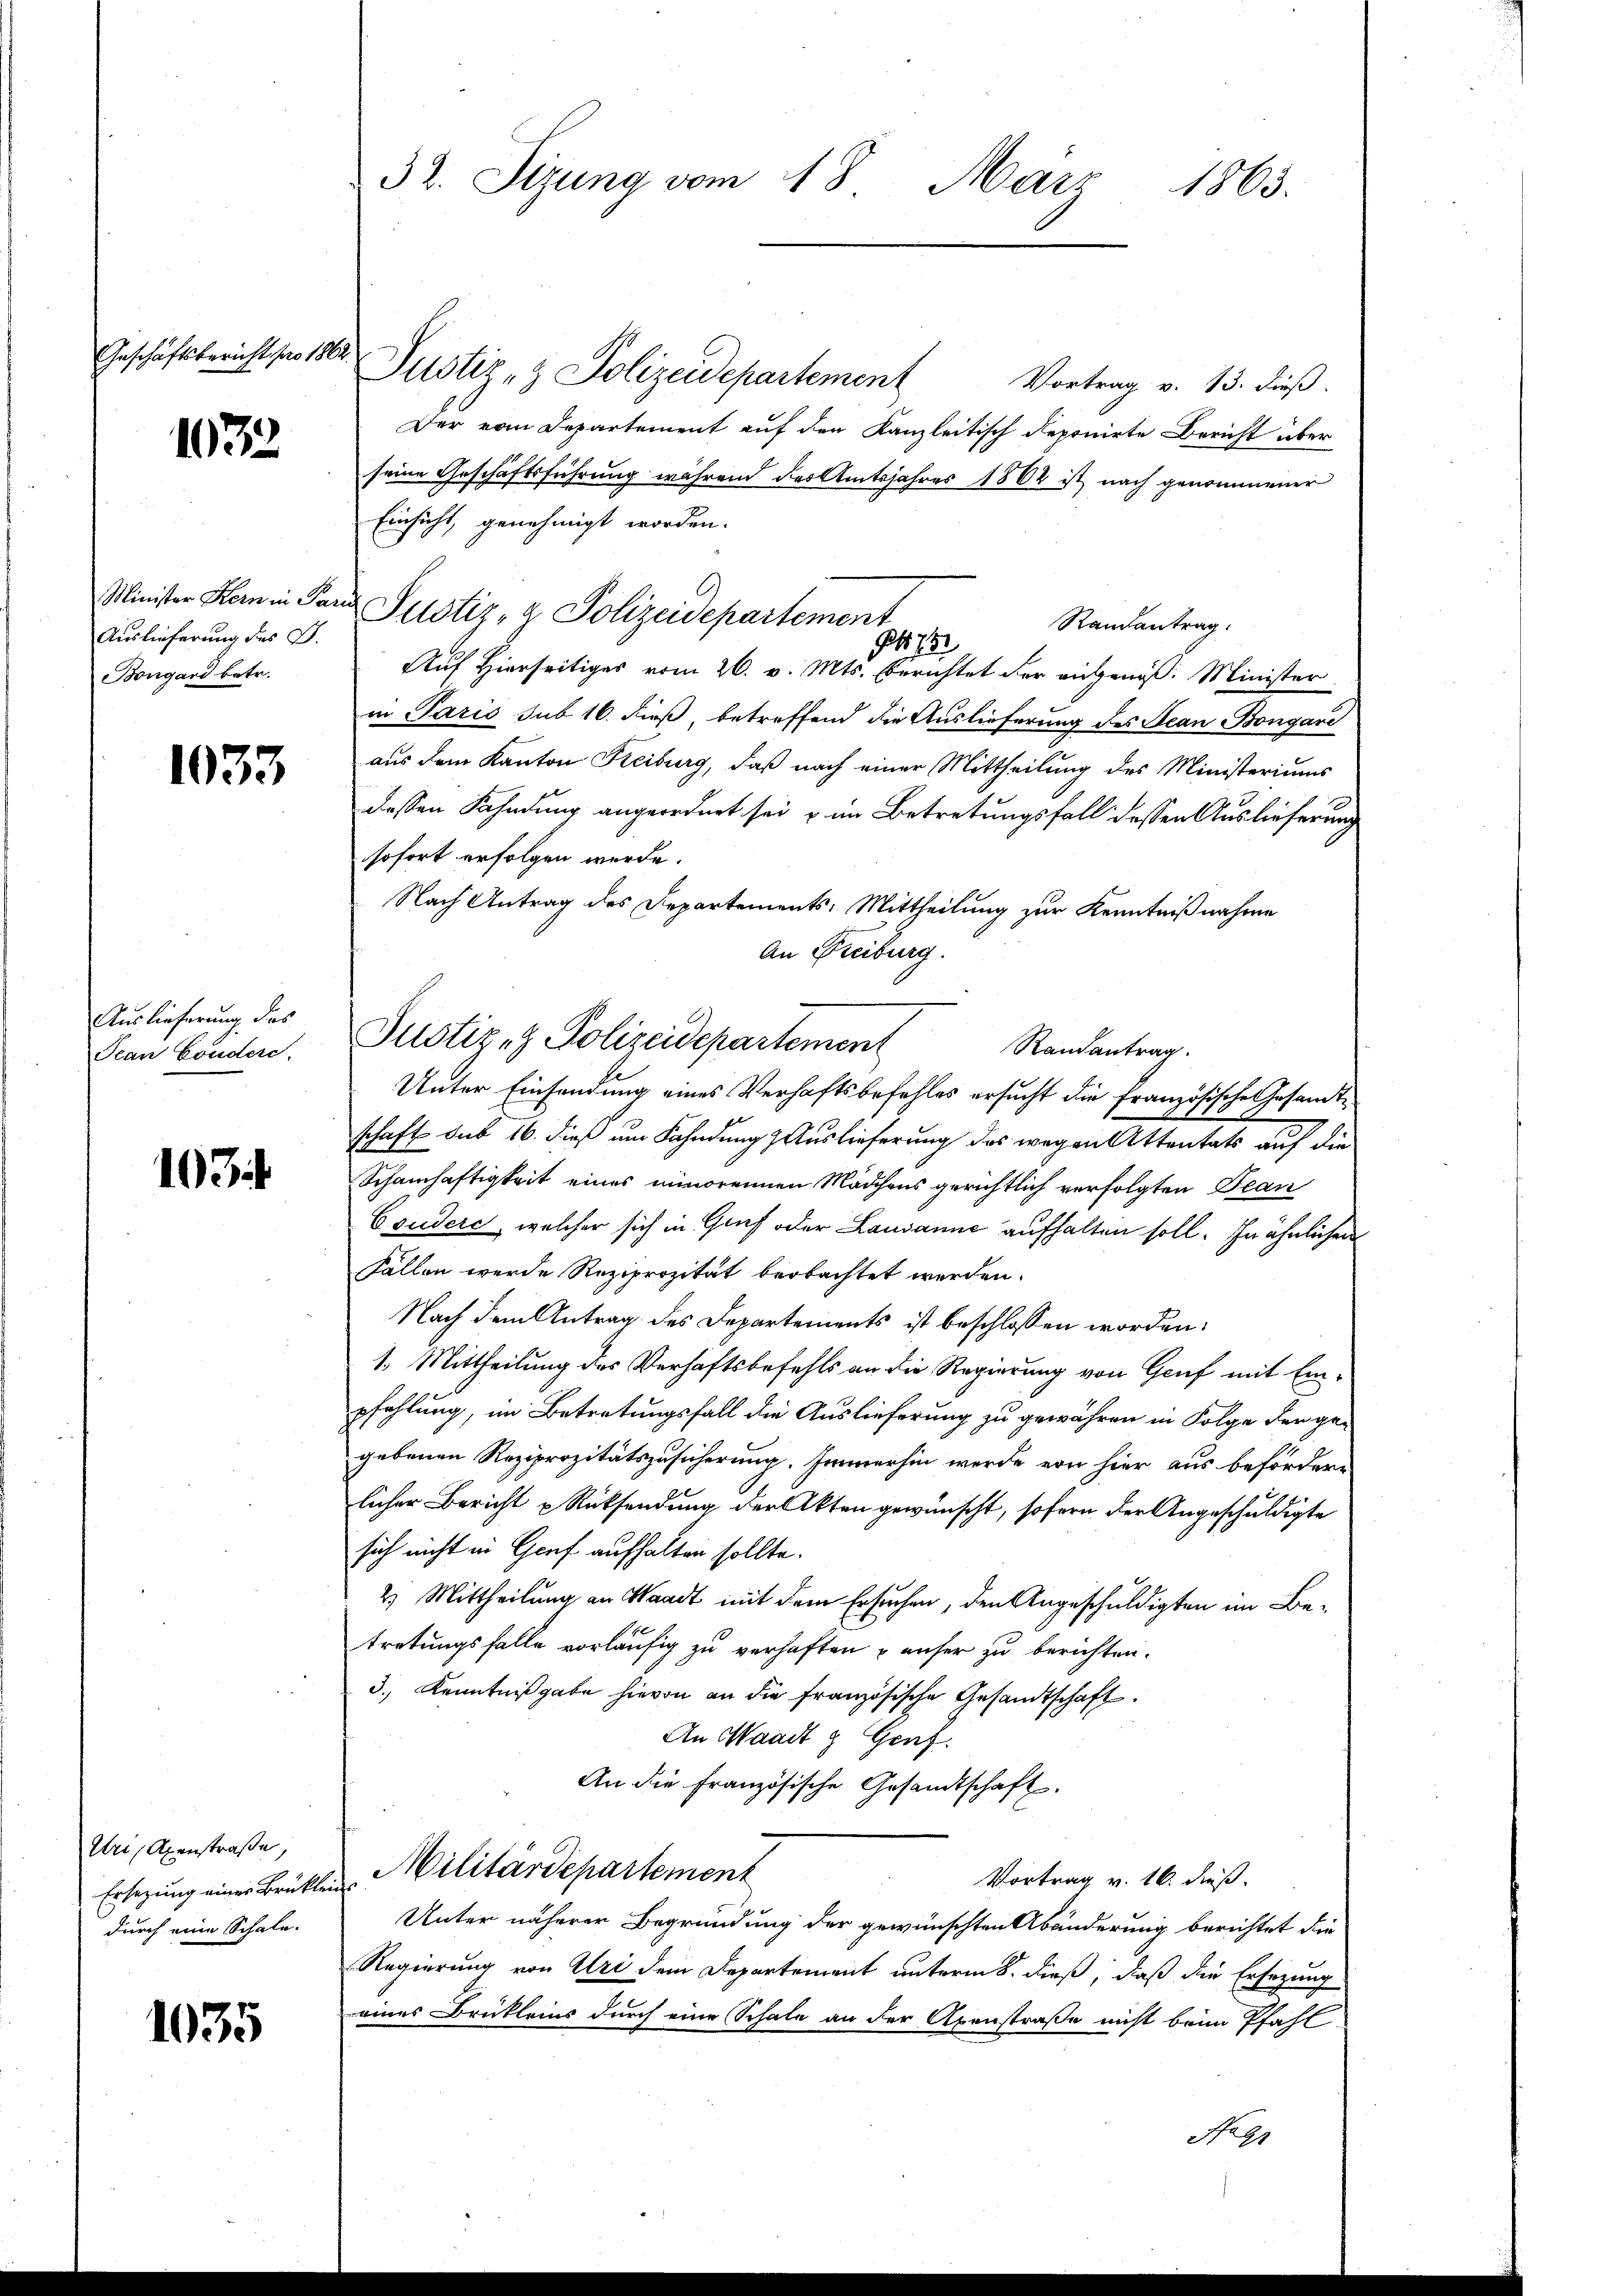
Geschäftsbericht pro 1862.

1032

Auslieferung des B.
Bongard betr.

1033

Auslieferung des
Jean Condere.

103

Justiz- & Polizeidepartement
Vortrag v. 13. dieß.
Der vom Departement auf den Kanzleitisch deponirte Bericht über
seine Geschäftsführung während das Amtsjahres 1864 ist nach genommener
Einsicht, genehmigt worden.
Minister Hern in Fond Justiz- & Polizeidepartement
Randantrag
P 751
Auf Hierseitiges vom 26. v. Mts. berichtet der angenoß: Minister
in Paris sub 16. dieß, betreffend die Auslieferung des Jean Bongari
aus dem Kanton Freiburg, daß nach einer Mittheilung des Ministeriums
dessen Fahndung angeordnet sei & im Betretungsfall dessen Auslieferung
sofort erfolgen wurde.
Nach Antrag des Departements: Mittheilung zur Kenntnißnahme
An Freiburg.
Justiz- & Polizeidepartement
Randantrag.
Unter Einsendung eines Verhaftsbefehles ersucht die französische Gesandtschaft sub 16. dieß um Fahndung & Auslieferung des wegen Attentats auf die
Schamhaftigkeit eines minorennen Mädchens gerichtlich verfolgten Bean
Csudere, welcher sich in Gruf oder Lausanne aufhalten soll. In ähnlichen
Fallen wurde Reziprozität beobachtet werden.
Nach dem Antrag des Departements ist beschlossen worden:
1. Mittheilung des Verhaftsbefehls an die Regierung von Genf mit Einpfehlung, im Betretungsfall die Auslieferung zu gewähren in Folge der ge-
gebenen Reziprozitätszusicherung. Immerhin werde von hier aus befördern
licher Bericht u Rücksendung der Akten gewünscht, sofern der Angeschuldigte
sich nicht in Genf aufhalten sollte.
2) Mittheilung an Waadt mit dem Ersuchen, den Angeschuldigten im Be-
tretungsfalle vorläufig zu verhaften u unser zu berichten.
3., Kenntnißgabe hievon an die französische Gesandtschaft.
An Waadt & Genf.
An die Französische Gesandtschaft.
Ersezung eines Brükten Militärdepartement
Vortrag v. 16. dieß.
Unter näherer Begründung der gewünschten Abänderung berichtet die
Regierung von Uri dem Departement unterm 8. dieß, daß die Ersezung
eines Brükleins durch eine Schale an der Axenstraße nicht beim Pfahl
Nage

Uri, Axenstraße,
durch eine Schale.

1035

32. Sizung vom 18. März 1863.